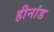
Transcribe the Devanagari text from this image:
हीनांड